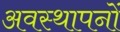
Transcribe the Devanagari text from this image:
अवस्थापनों